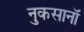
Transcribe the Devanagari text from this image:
नुकसानॉ